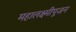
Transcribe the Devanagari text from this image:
महालक्ष्मीपूजन